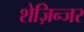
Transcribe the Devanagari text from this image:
शेज़िन्जर